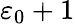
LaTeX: \varepsilon_{0}+1